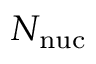
N _ { \mathrm { n u c } }